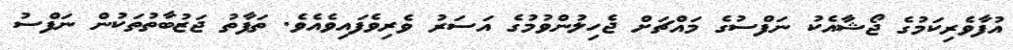
އުފާވެރިކަމުގެ ޖޯޝާއެކު ނަފްސުގެ މައްޗަށް ޖެހިލުންވުމުގެ އަސަރު ވެރިވެފައިވެއެވެ. ތަފާތު ޖަޒުބާތުތަކުން ނަފްސު